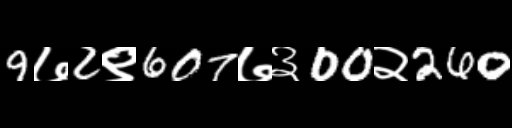
Text: 9७2९607७३00२260